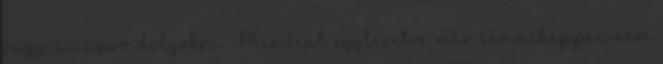
vagy az apró dolgokra. Mindent egybevetve már semmiképpen nem